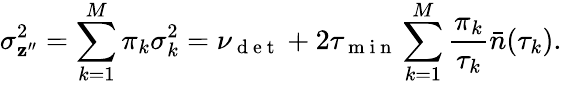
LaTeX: \sigma_{\mathbf{z}^{\prime\prime}}^{2}=\sum_{k=1}^{M}\pi_{k}\sigma_{k}^{2}=\nu_{\mathrm{{~d~e~t~}}}+2\tau_{\mathrm{{~m~i~n~}}}\sum_{k=1}^{M}\frac{{\pi_{k}}}{{\tau_{k}}}\bar{{n}}(\tau_{k}).